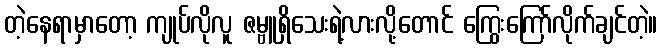
တဲ့နေရာမှာတော့ ကျုပ်လိုလူ ဇမ္ဗူရှိသေးရဲ့လားလို့တောင် ကြွေးကြော်လိုက်ချင်တဲ့။